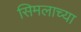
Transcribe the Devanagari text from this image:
सिमलाच्या